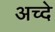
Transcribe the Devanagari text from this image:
अच्दे